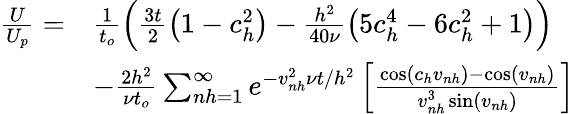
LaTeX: \begin{array}{rl}{\frac{U}{U_{p}}=}&{\frac{1}{t_{o}}\left(\frac{3t}{2}\left(1-c_{h}^{2}\right)-\frac{h^{2}}{40\nu}\left(5c_{h}^{4}-6c_{h}^{2}+1\right)\right)}\\ &{-\frac{2h^{2}}{\nu t_{o}}\sum_{nh=1}^{\infty}e^{-v_{nh}^{2}\nu t/h^{2}}\left[\frac{\cos\left(c_{h}v_{nh}\right)-\cos\left(v_{nh}\right)}{v_{nh}^{3}\sin\left(v_{nh}\right)}\right]}\end{array}